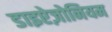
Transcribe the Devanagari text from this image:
डाइऐज़ोनियम